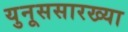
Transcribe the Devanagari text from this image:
युनूससारख्या